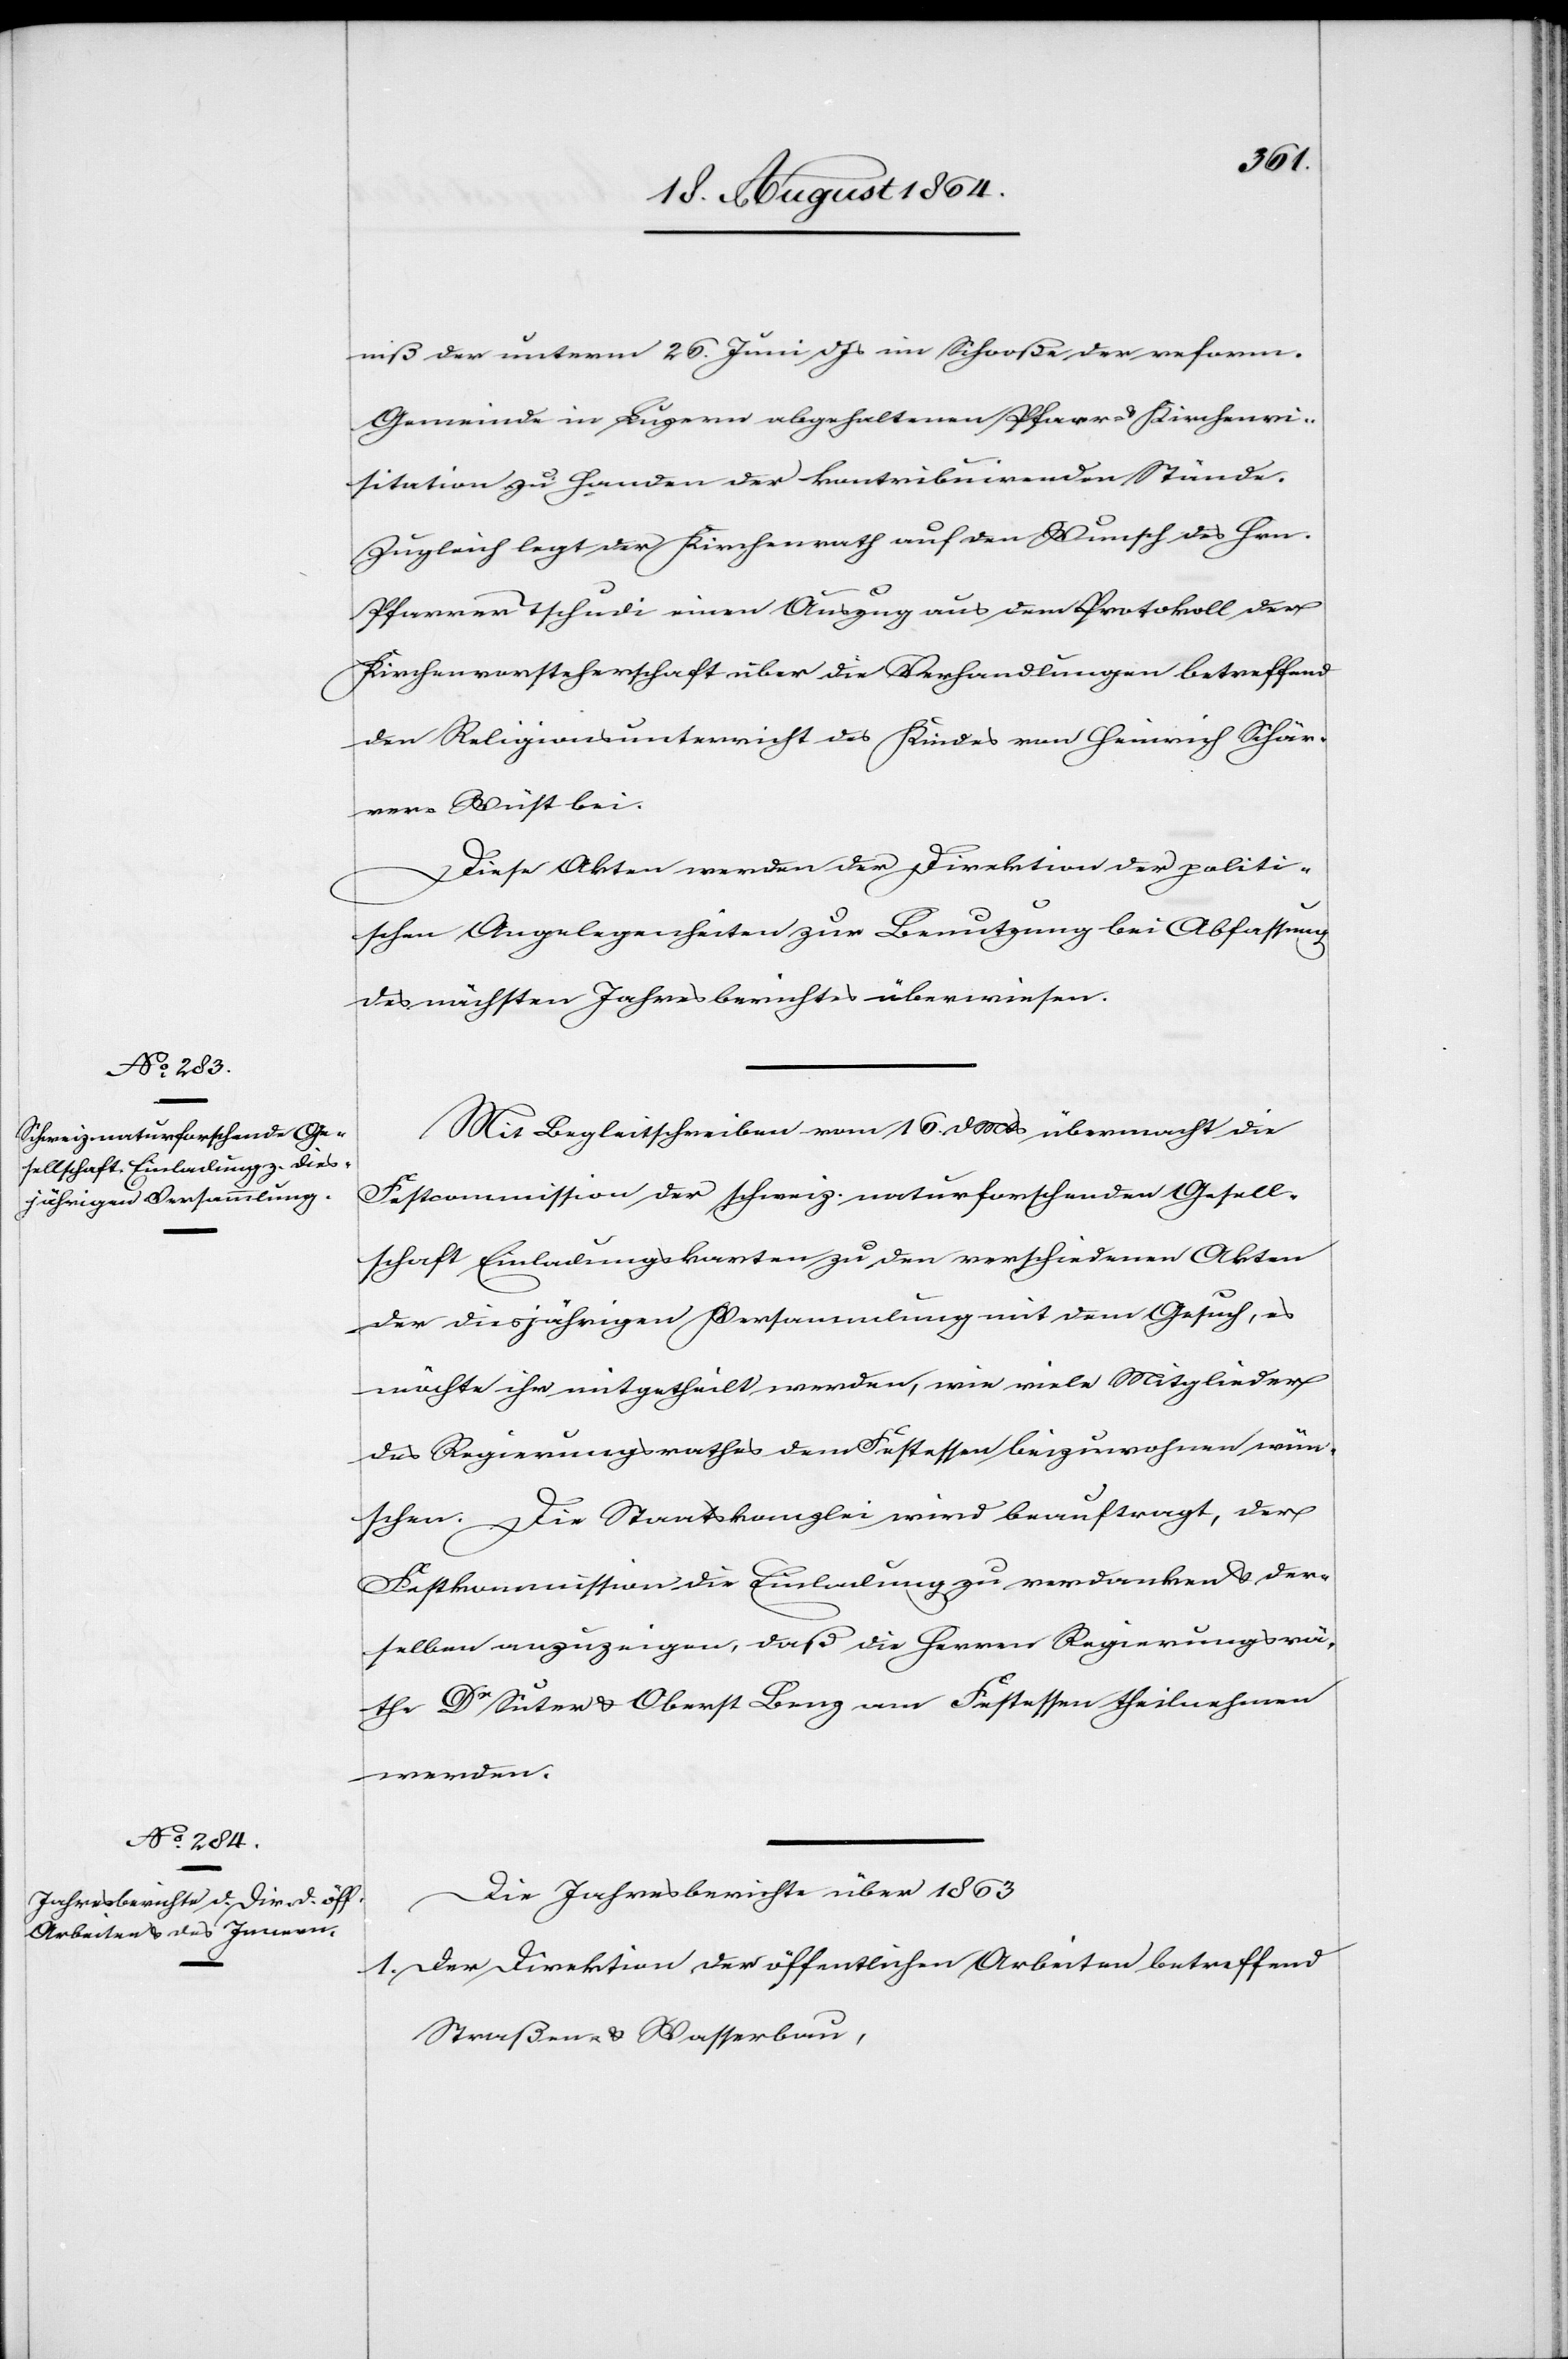
niß der unterm 26. Juni d. Js. im Schooße der reform.
Gemeinde in Luzern abgehaltenen Pfarr- & Kirchenvi¬
sitationen zu Handen der kontribuirenden Stände.
Zugleich legt der Kirchenrath auf den Wunsch des Hrn.
Pfarrer Tschudi einen Auszug aus dem Protokoll der
Kirchenvorsteherschaft über die Verhandlungen betreffend
den Religionsunterricht des Kindes von Heinrich Schär¬
rer-Wüst bei.
Diese Akten werden der Direktion der politi¬
schen Angelegenheiten zur Benutzung bei Abfassung
des nächsten Jahresberichtes überwiesen.
Mit Begleitschreiben vom 16. d. Mts. übermacht die
Festcommission der Schweiz. naturforschenden Gesell¬
schaft Einladungskarten zu den verschiedenen Akten
der diesjährigen Versammlung mit dem Gesuch, es
möchte ihr mitgetheilt werden, wie viele Mitglieder
des Regierungsrathes dem Festessen beizuwohnen wün¬
schen. Die Staatskanzlei wird beauftragt, der
Festkommission die Einladung zu verdanken & der¬
selben anzuzeigen, daß die Herren Regierungsrä¬
the Dr Suter & Oberst Benz am Festessen theilnehmen
werden.
Die Jahresberichte über 1863
1. Der Direktion der öffentlichen Arbeiten betreffend
Straßen- & Wasserbau,